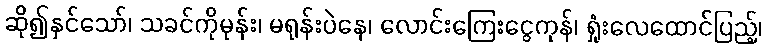
ဆို၍နှင်သော်၊ သခင်ကိုမုန်း၊ မရုန်းပဲနေ၊ လောင်းကြေးငွေကုန်၊ ရှုံးလေထောင်ပြည့်၊